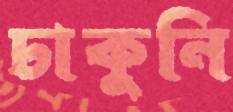
ঢাকুনি